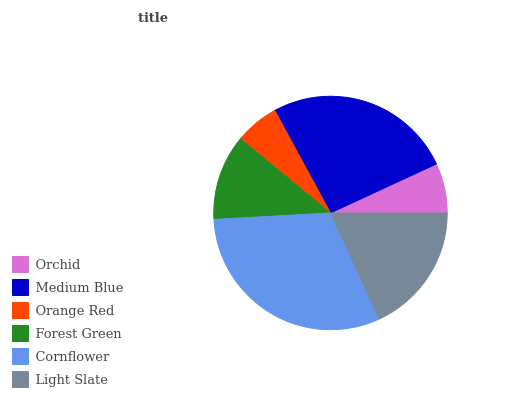
| Orchid | Medium Blue | Orange Red | Forest Green | Cornflower | Light Slate |
 | --- | --- | --- | --- | --- | --- |
 | 6.88% | 26.1% | 6.09% | 11.8% | 31% | 18.1% |